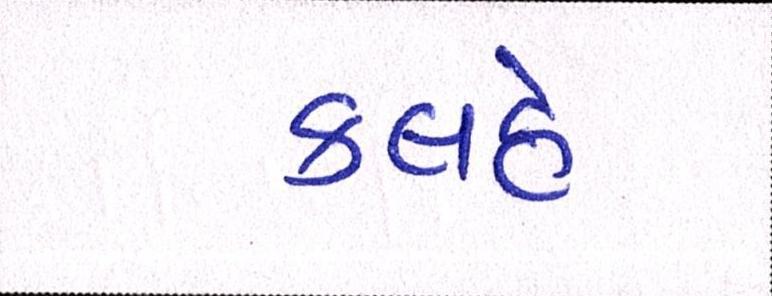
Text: કલહે